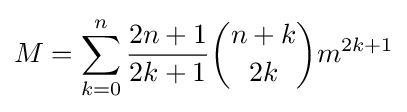
M=\sum _{k=0}^{n}{{2n+1} \over {2k+1}}{{n+k} \choose {2k}}m^{2k+1}